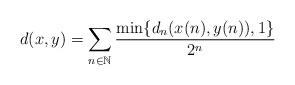
LaTeX: \begin{align*}d(x,y)=\sum\limits_{n\in \mathbb{N}}\frac{\min\{d_n(x(n), y(n)), 1\}}{2^{n}}\end{align*}